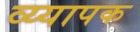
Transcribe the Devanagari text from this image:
व्य्यापक